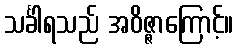
သင်္ခါရသည် အဝိဇ္ဇာကြောင့်။